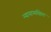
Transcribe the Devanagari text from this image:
न्यायाध्यक्षिता